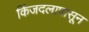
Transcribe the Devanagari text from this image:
किंजदलापासून